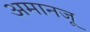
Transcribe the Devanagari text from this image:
अमानजू